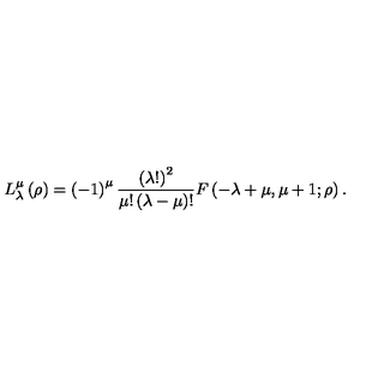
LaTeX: L _ { \lambda } ^ { \mu } \left( \rho \right) = \left( - 1 \right) ^ { \mu } \frac { \left( \lambda ! \right) ^ { 2 } } { \mu ! \left( \lambda - \mu \right) ! } F \left( - \lambda + \mu , \mu + 1 ; \rho \right) .